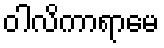
ဝါလိကာရာမေ